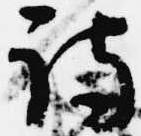
詩